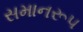
સમાનરૂપ